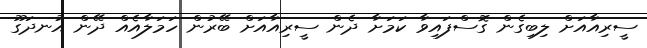
ސީރިއާއަށް ލިބިގެން ގޮސްފައިވާ ކަމަށާ ދެން ސީރިއާއަށް ބޭރުން ހަމަލާއެއް ދޭން އުނދަގޫ